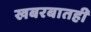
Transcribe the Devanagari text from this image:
खबरबातही